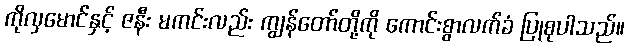
ကိုလှမောင်နှင့် ဇနီး မကင်းလည်း ကျွန်တော်တို့ကို ကောင်းစွာလက်ခံ ပြုစုပါသည်။